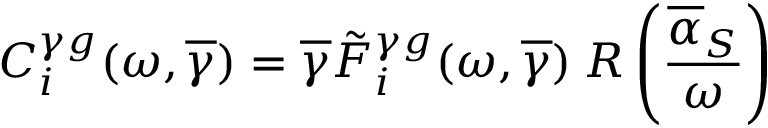
C _ { i } ^ { \gamma g } ( \omega , \overline { { { \gamma } } } ) = \overline { { { \gamma } } } \tilde { F } _ { i } ^ { \gamma g } ( \omega , \overline { { { \gamma } } } ) \: R \left( \frac { \overline { { { \alpha } } } _ { S } } { \omega } \right)